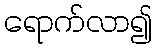
ရောက်လာ၍